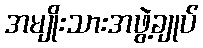
အမျိုးသားအဖွဲ့ချုပ်